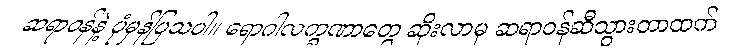
ဆရာဝန်နဲ့ ပုံမှန်ပြသပါ။ ရောဂါလက္ခဏာတွေ ဆိုးလာမှ ဆရာဝန်ဆီသွားတာထက်